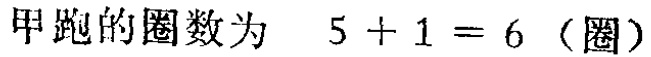
甲跑的圈数为 \(5 + 1 = 6\)（圈）